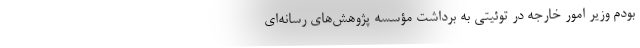
بودم وزیر امور خارجه در توئیتی به برداشت مؤسسه پژوهش‌های رسانه‌ای